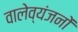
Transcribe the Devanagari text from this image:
वालेव्यंजनों